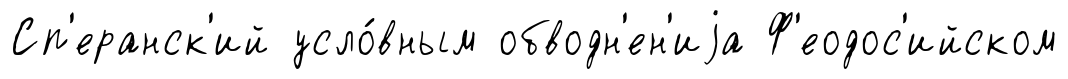
Сп'еранск'ий усло́вным обводн'ен'иjа Ф'еодос'ийском